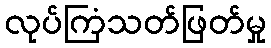
လုပ်ကြံသတ်ဖြတ်မှု